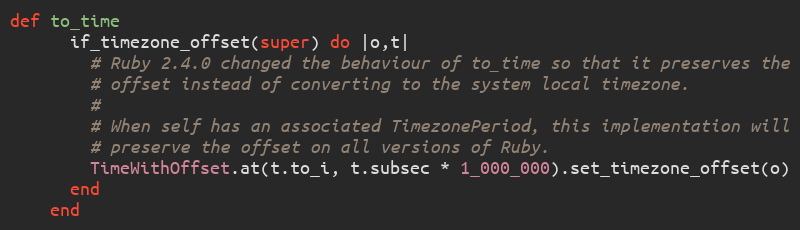
Language: Ruby
def to_time
      if_timezone_offset(super) do |o,t|
        # Ruby 2.4.0 changed the behaviour of to_time so that it preserves the
        # offset instead of converting to the system local timezone.
        #
        # When self has an associated TimezonePeriod, this implementation will
        # preserve the offset on all versions of Ruby.
        TimeWithOffset.at(t.to_i, t.subsec * 1_000_000).set_timezone_offset(o)
      end
    end